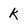
Character: k